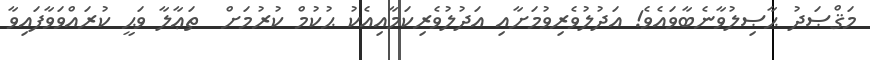
މަޤްޞަދު ޙާޞިލުވާނެބާވައެވެ! އަދުލުވެރިވުމަށާއި އަދުލުވެރިކަމާއިއެކު ޙުކުމް ކުރުމަށް  ތަޢާލާ ވަޙީ ކުރައްވަވާފައިވާ